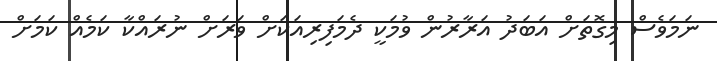
ނަމަވެސް މިގޮތަށް އަބަދު އަރާރުން ވުމަކީ ދެމަފިރިއަކަށް ވަރަށް ނުރައްކާ ކަމެއް ކަމަށް